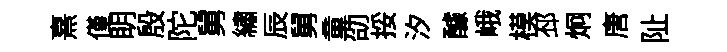
熹僅眀殷陀舅繡辰舅童劭挼汐醵峨模邳炯唐阯